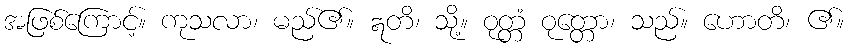
အဖြစ်ကြောင့်။ ကုသလာ၊ မည်၏။ ဣတိ၊ သို့။ ဝုတ္တံ ဝုတ္တော၊ သည်။ ဟောတိ၊ ၏။